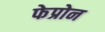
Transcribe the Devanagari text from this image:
फेप्रोन